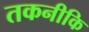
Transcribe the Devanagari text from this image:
तकनीकि